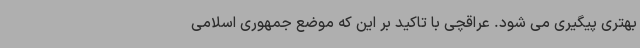
بهتری پیگیری می شود. عراقچی با تاکید بر این که موضع جمهوری اسلامی